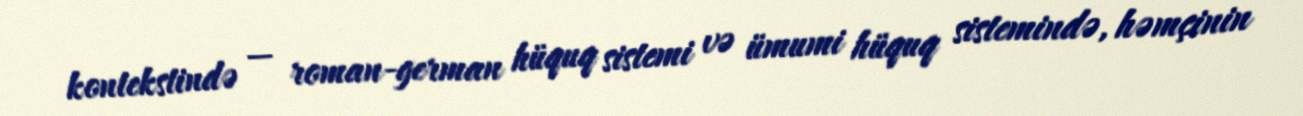
kontekstində — roman-german hüquq sistemi və ümumi hüquq sistemində, həmçinin